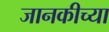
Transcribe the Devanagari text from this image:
जानकीच्या